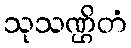
သုသဏ္ဌိတံ